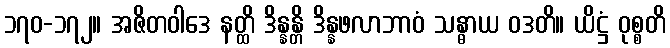
၁၇၀-၁၇၂။ အဇိတဝါဒေ နတ္ထိ ဒိန္နန္တိ ဒိန္နဖလာဘာဝံ သန္ဓာယ ဝဒတိ။ ယိဋ္ဌံ ဝုစ္စတိ